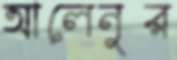
আলেনুর